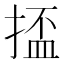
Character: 𫽗